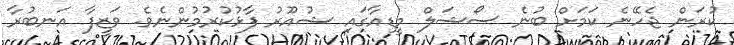
ކުރަން ޖެހޭނެ ކަމަށް ބުނެ ސޯޝަލް މީޑިއާގައި ޝުއޫރު ފާޅުކުރުމުންނެވެ. ވަޒީފާ އަނބުރާ